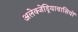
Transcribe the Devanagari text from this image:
अलेक्जेंड्रियावासियों